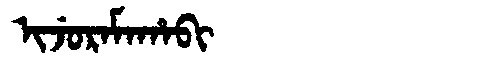
Manchu: ᡳᠵᡠᡵᠠᠮᠠᡥᠠᠪᡳ
Romanization: IJURAMAHABI